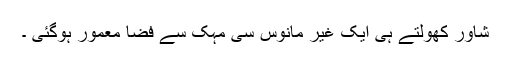
شاور کھولتے ہی ایک غیر مانوس سی مہک سے فضا معمور ہوگئی ۔